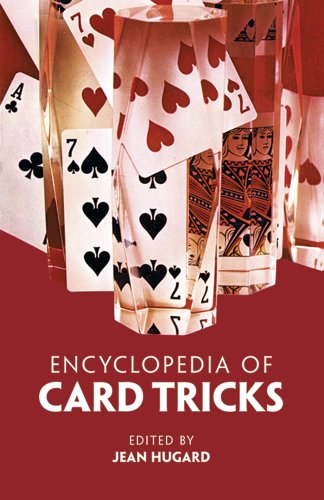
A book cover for Encyclopedia of Card Tricks; Jean Hugard; Humor & Entertainment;